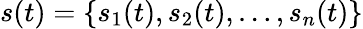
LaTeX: s(t)=\{ s_{1}(t),s_{2}(t),\dots,s_{n}(t)\}